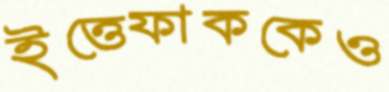
ইত্তেফাককেও